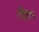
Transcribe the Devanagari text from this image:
नेत्रही